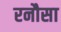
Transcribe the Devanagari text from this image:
रनौसा